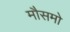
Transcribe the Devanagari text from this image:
मौसमो